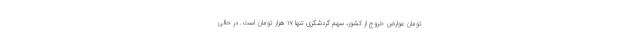
تومان عوارض خروج از کشور، سهم گردشگری تنها ۱۷ هزار تومان است. در حالی